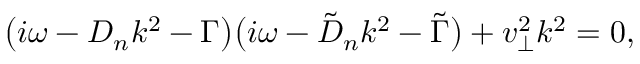
\big ( i \omega - D _ { n } k ^ { 2 } - \Gamma \big ) \big ( i \omega - \tilde { D } _ { n } k ^ { 2 } - \tilde { \Gamma } \big ) + v _ { \perp } ^ { 2 } k ^ { 2 } = 0 ,